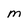
Character: M